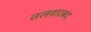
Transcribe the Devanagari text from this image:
तलवारबंद